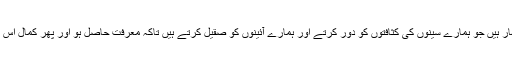
یہ اہل بیت اطہار ہیں جو ہمارے سینوں کی کثافتوں کو دور کرتے اور ہمارے آئینوں کو صقیل کرتے ہیں تاکہ معرفت حاصل ہو اور پھر کمال اس کا تصدیق ہے۔